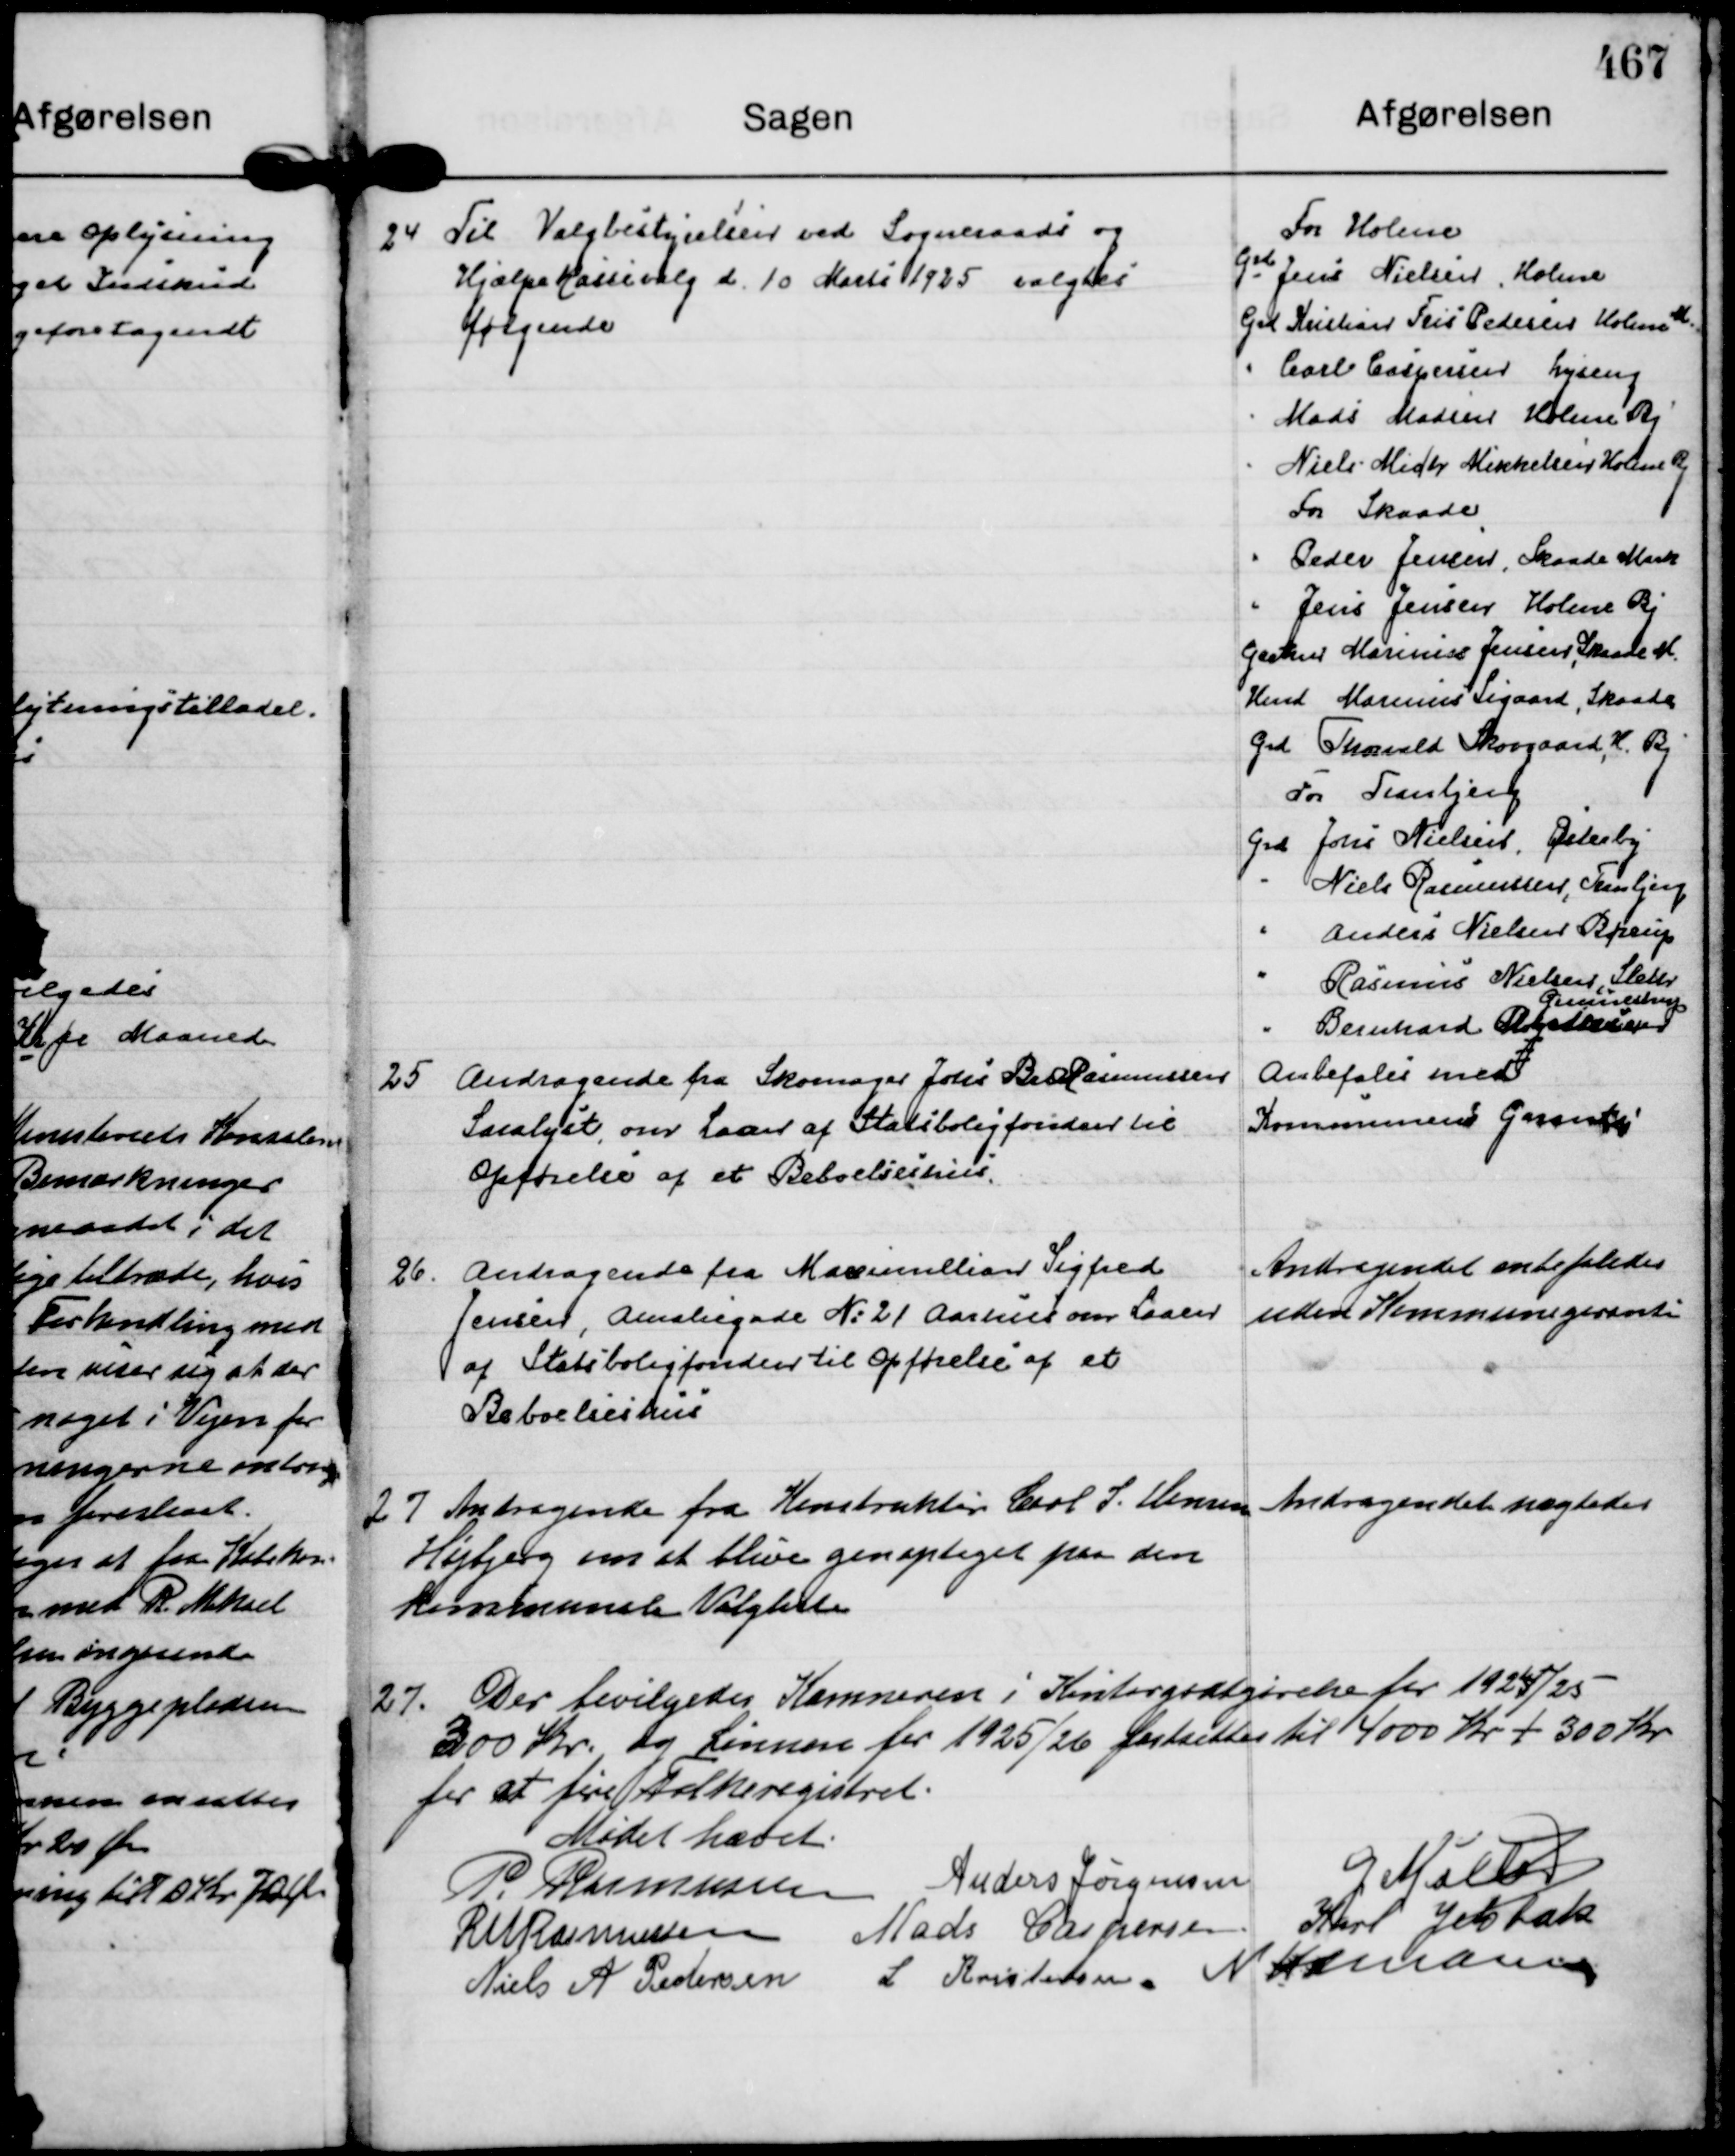
Transskription:
24
Til Valgbestyrelsen ved Sogneraads og
Hjælpekassevalg d. 10 Marts 1925 valgtes
følgende

For Holme
Grd Jens Nielsen, Holme
Grd Kristian Fris Pedersen Holme M.
" Carl Caspersen, Lyseng
" Mads Madsen Holme Bj
" Niels Mich Mikkelsen Holme Bj
For Skaade
" Peder Jensen, Skaade Mark
" jens Jensen Holme Bj
Gartner Marinus Jensen, Skaade M
Hmd Marinus Sigaard, Skaade
Grd Thorvald Skovgaard, H. Bj
For Tranbjerg
Grd Johs Nielsen, Østerby
" Niels Rasmussen, Tranbjerg
" Anders Nielsen Børrup
" Rasmus Nielsen, Sleth
" Bernhard Pedersen 
Gunnestrup

25
Andragende fra Skomager Johs BechRasmussen
Saralyst, om Laan af Statsboligfonden til
Opførelse af et Beboelseshus.

Anbefales med
Kommunens Garanti

26.
Andragende fra Macimillian Sigfred
Jensen, Amaliegade N: 21 Aarhus om Laan
af Statsboligfonden til Opførelse af et
Beboelseshus

Andragendet anbefaledes
uden Kommunegaranti

27
Andragende fra Konstruktør Carl S. Hansen 
Højbjerg om at blive genoptaget paa den
kommunale Valgliste

Andragendet nægtedes

27.
Der bevilgedes Kæmneren i Kontorgødtgørelse for 1924/25
300 Kr. og Lønnen for 1925/26 fastsattes til 4000 Kr + 300 Kr
for at føre Folkeregistret.

Mødet hævet.
P. Rasmussen
Anders Jørgensen
G Møller
R M Rasmussen
Mads Caspersen.
Karl Jelsbak
Niels A Pedersen
L Kristensen.
N Hamann